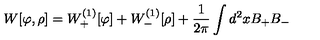
W [ \varphi , \rho ] = W _ { + } ^ { ( 1 ) } [ \varphi ] + W _ { - } ^ { ( 1 ) } [ \rho ] + { \frac { 1 } { 2 \pi } } \int d ^ { 2 } x B _ { + } B _ { - }